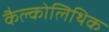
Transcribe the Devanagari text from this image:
कैल्कोलिथिक